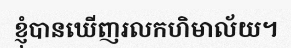
ខ្ញុំបានឃើញរលកហិមាល័យ។